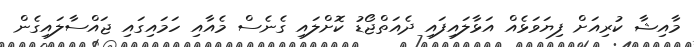
މާއިޝާ ކުރިއަށް ފިޔަވަޅެއް އަޅާލައިފައި ދެއަތްޖޯޑު ކޮށްލައި ގެނެސް މެއާއި ހަމައިގައި ޖައްސާލައިގެން